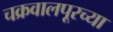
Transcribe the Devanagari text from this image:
चक्रवालपूरच्या